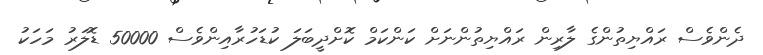
ދެންވެސް ރައްޔިތުންގެ ލާރިން ރައްޔިތުންނަށް ކަންކަމް ކޮށްދީބަލަ ކުޑަހުރާއިންވެސް 50000 ޑޮލަރު މަހަކު